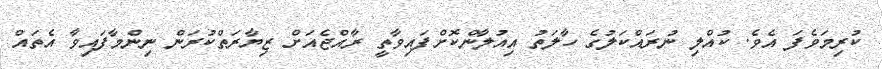
ކުރިމަވެފަ އެވެ. ކުއްލި ނުރައްކަލުގެ ހާލަތު އިއުލާންކޮށްފައިވާތީ ރާއްޖެއަށް ޒިޔާރަތްކުރަން ނިންމާފައިވާ އެތައް